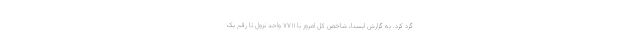
گرد کرد. به گزارش ایسنا، شاخص کل امروز با ۷۷۱۱ واحد نزول تا رقم یک